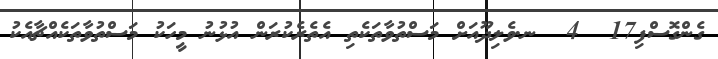
ގެންގޮސްފި17  4  ނ.ވެލިދޫއަށް މަސްތުވާތަކެތި އެތެރެކުރަން އުޅުނު މީހަކު މަސްތުވާތަކެއްޗާއެކު